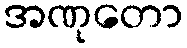
အဏုတော